画像に写った文字を読んでください
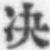
「决」と書いてあります